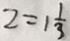
z = 1 \frac { 1 } { 3 }